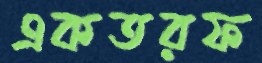
একতরফ